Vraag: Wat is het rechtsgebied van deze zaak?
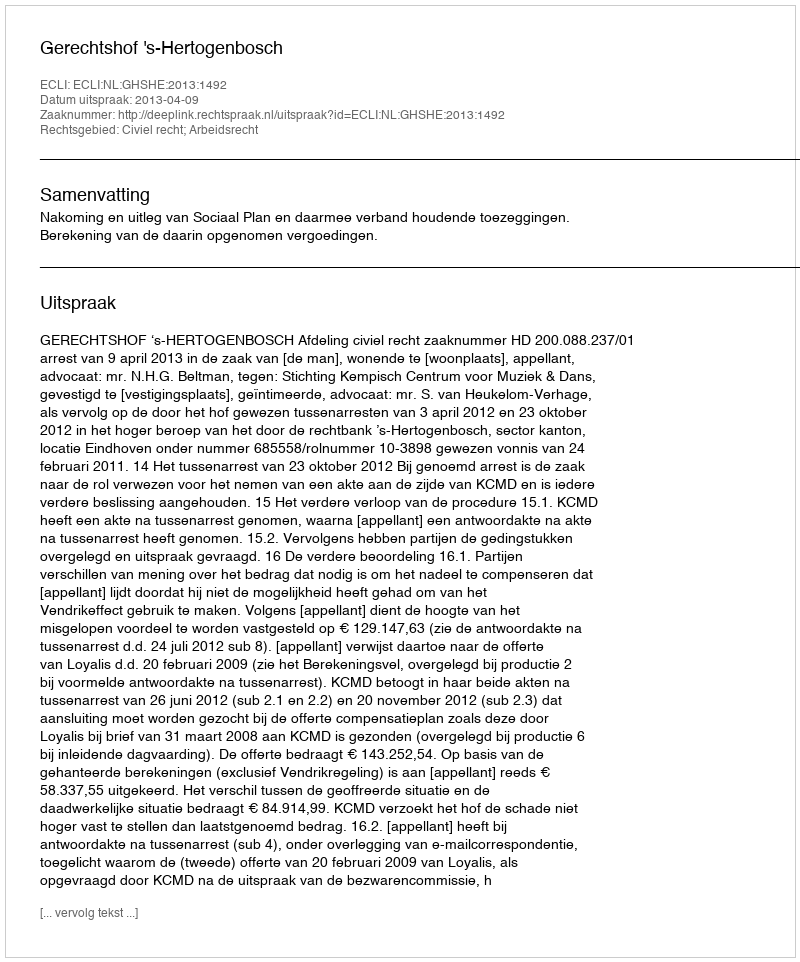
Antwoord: Civiel recht; Arbeidsrecht